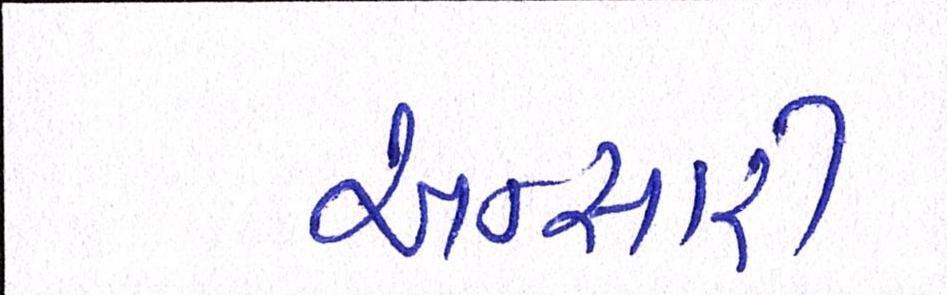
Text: અન્સારી